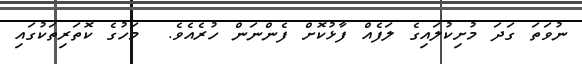
ނުވަތަ ގަދަ މުށިކުލައިގެ ލަފެއް ފާޅުކޮށް ފެންނަން ހުރެއެެވެ.  މަހުގެ ކޮތަރިތަކުގައި